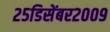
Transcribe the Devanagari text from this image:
२५डिसेंबर२००९